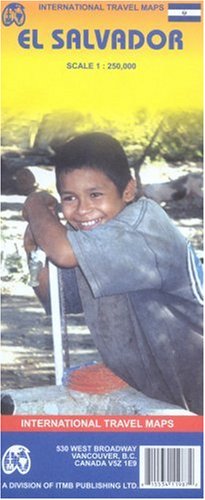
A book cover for El Salvador 1:250,000 Travel Map 2006*** (International Travel Maps); ITM Canada; Travel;